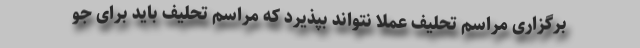
برگزاری مراسم تحلیف عملاً نتواند بپذیرد که مراسم تحلیف باید برای جو